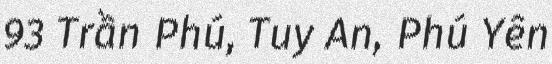
93 Trần Phú, Tuy An, Phú Yên